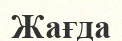
Жағда